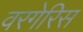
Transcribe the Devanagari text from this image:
वरगेरिस